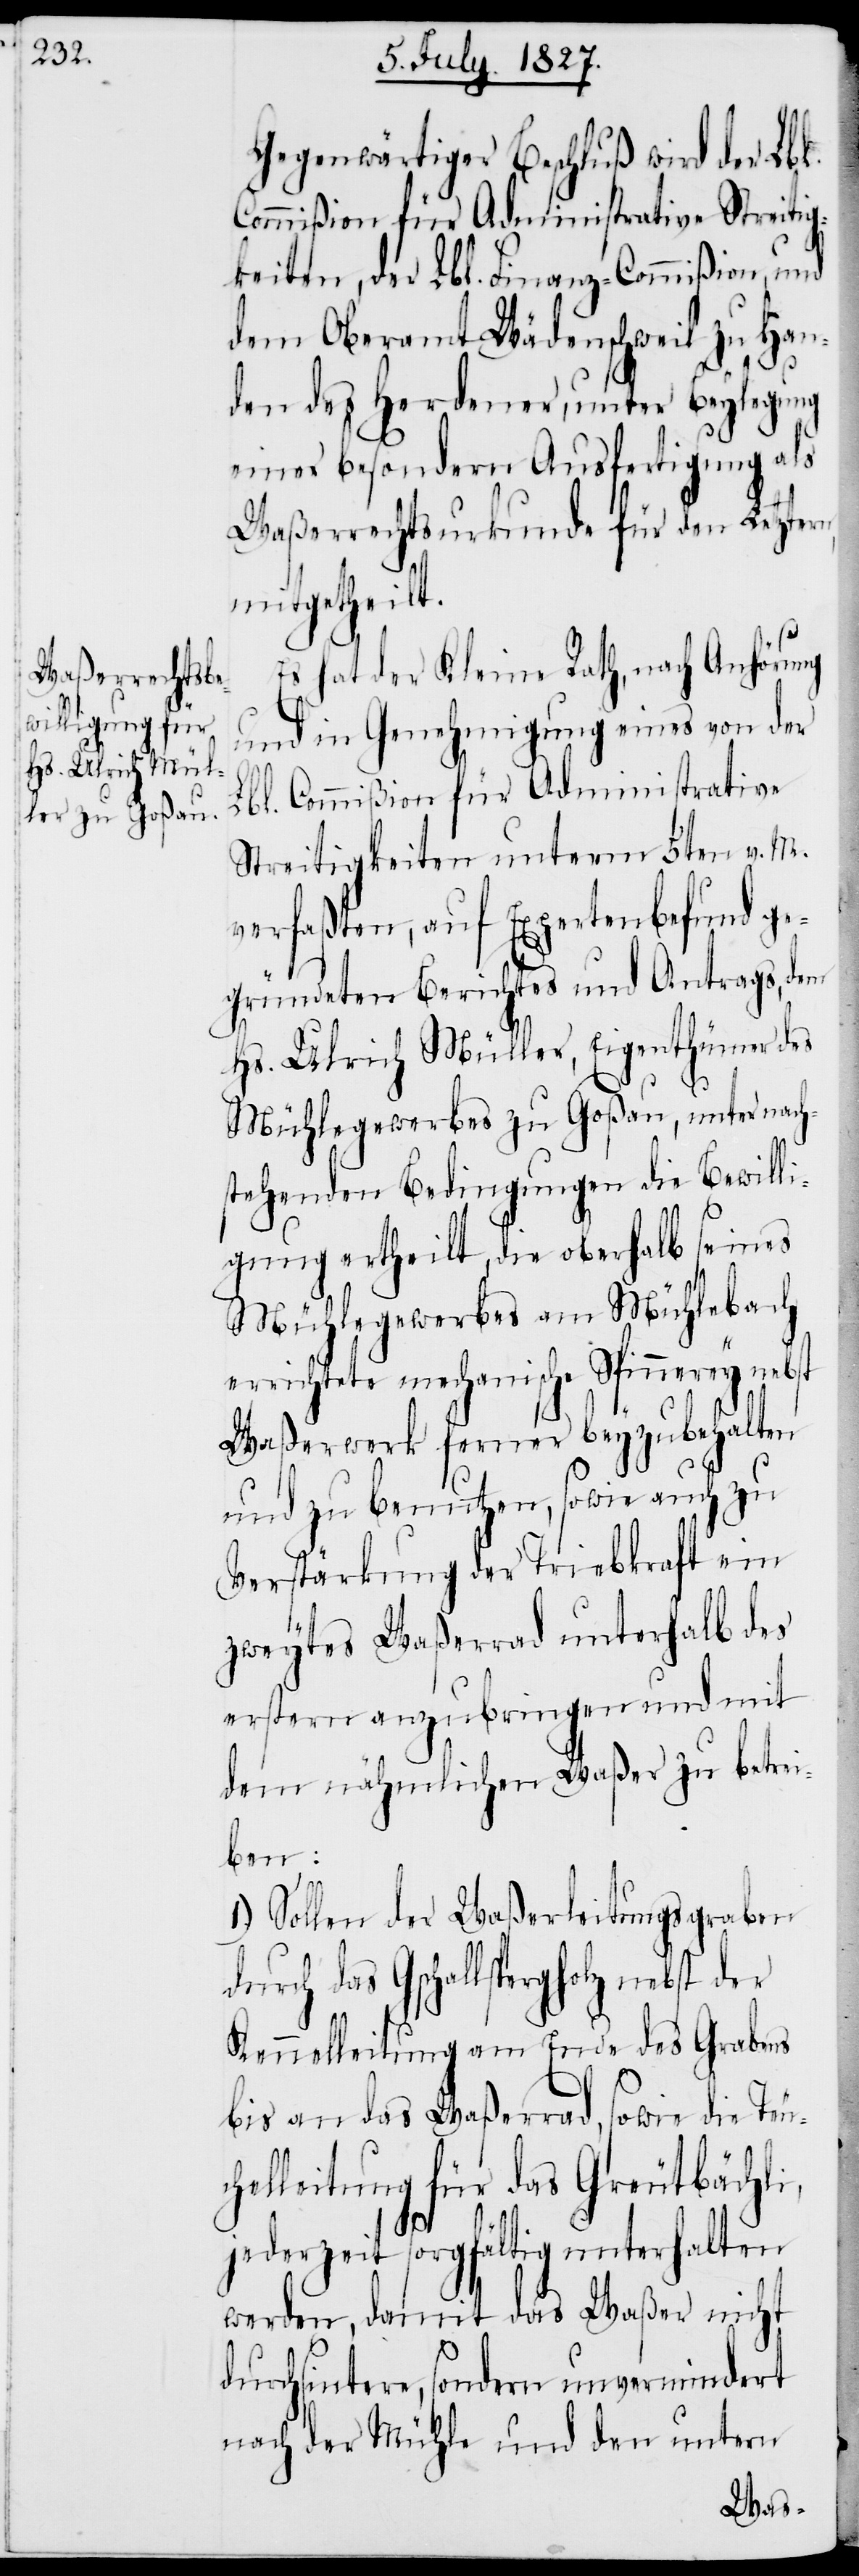
Gegenwärtiger Beschluß wird der Lbl.
Commißion für Administrative Streitig¬
keiten, der Lbl. Finanz-Commißion, und
dem Oberamt Wädenschweil zu Han¬
den des Herdener, unter Beylegung
einer besondern Ausfertigung als
Waßerrechtsurkunde für den Letztern,
mitgetheilt.
Es hat der Kleine Rath, nach Anhörung
und in Genehmigung eines von der
Lbl. Commißion für Administrative
Streitigkeiten unterm 5ten v. M.
verfaßten, auf Expertenbefund ge¬
gründeten Berichtes und Antrags, dem
Hs. Ulrich Müller, Eigenthümer des
Mühlegewerbes zu Goßau, unter nach¬
stehenden Bedingungen die Bewilli¬
gung ertheilt, die oberhalb seines
Mühlegewerbes am Mühlebach
errichtete mechanische Spinnerey nebst
Waßerwerk ferner beyzubehalten
und zu benutzen, sowie auch zu
Verstärkung der Triebkraft ein
zweytes Waßerrad unterhalb des
erstern anzubringen und mit
dem nähmlichen Waßer zu betrei¬
ben:
1.) Sollen der Waßerleitungsgraben
durch das Gschallspergholz nebst der
Kennelleitung am Ende des Grabens
bis an das Waßerrad, sowie die Teu¬
chelleitung für das Greutbächli,
jederzeit sorgfältig unterhalten
werden, damit das Waßer nicht
durchsintere, sondern unvermindert
nach der Mühle und den untern